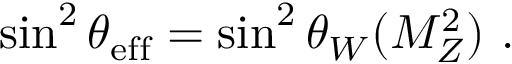
\sin ^ { 2 } \theta _ { \mathrm { e f f } } = \sin ^ { 2 } \theta _ { W } ( M _ { Z } ^ { 2 } ) ~ .